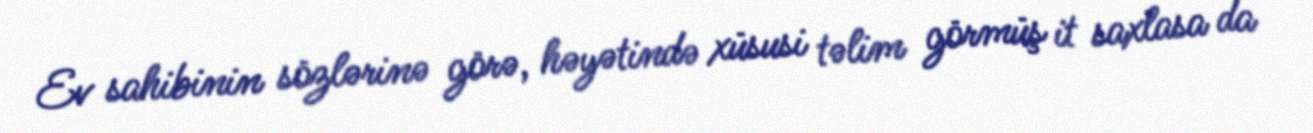
Ev sahibinin sözlərinə görə, həyətində xüsusi təlim görmüş it saxlasa da